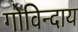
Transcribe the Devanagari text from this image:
गोविन्दाय